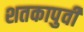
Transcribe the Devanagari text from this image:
शतकापुर्वी